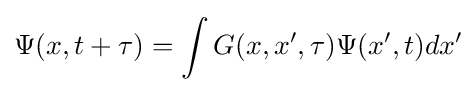
\Psi (x,t+\tau )=\int G(x,x',\tau )\Psi (x',t)dx'